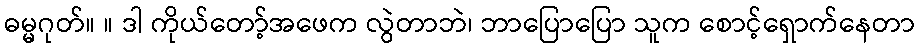
ဓမ္မဂုတ်။ ။ ဒါ ကိုယ်တော့်အဖေက လွဲတာဘဲ၊ ဘာပြောပြော သူက စောင့်ရှောက်နေတာ